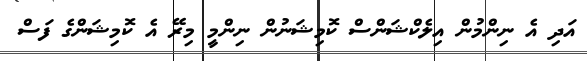
އަދި އެ ނިންމުން އިލެކްޝަންސް ކޮމިޝަނުން ނިންމީ މިރޭ އެ ކޮމިޝަންގެ ފަސް